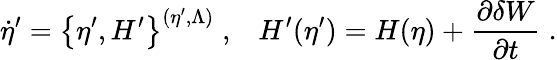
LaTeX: \dot{\eta}^{\prime}=\left\{ \eta^{\prime},H^{\prime}\right\} ^{(\eta^{\prime},\Lambda)}\; ,\; \; \; H^{\prime}(\eta^{\prime})=H(\eta)+\frac{\partial\delta W}{\partial t}\; .